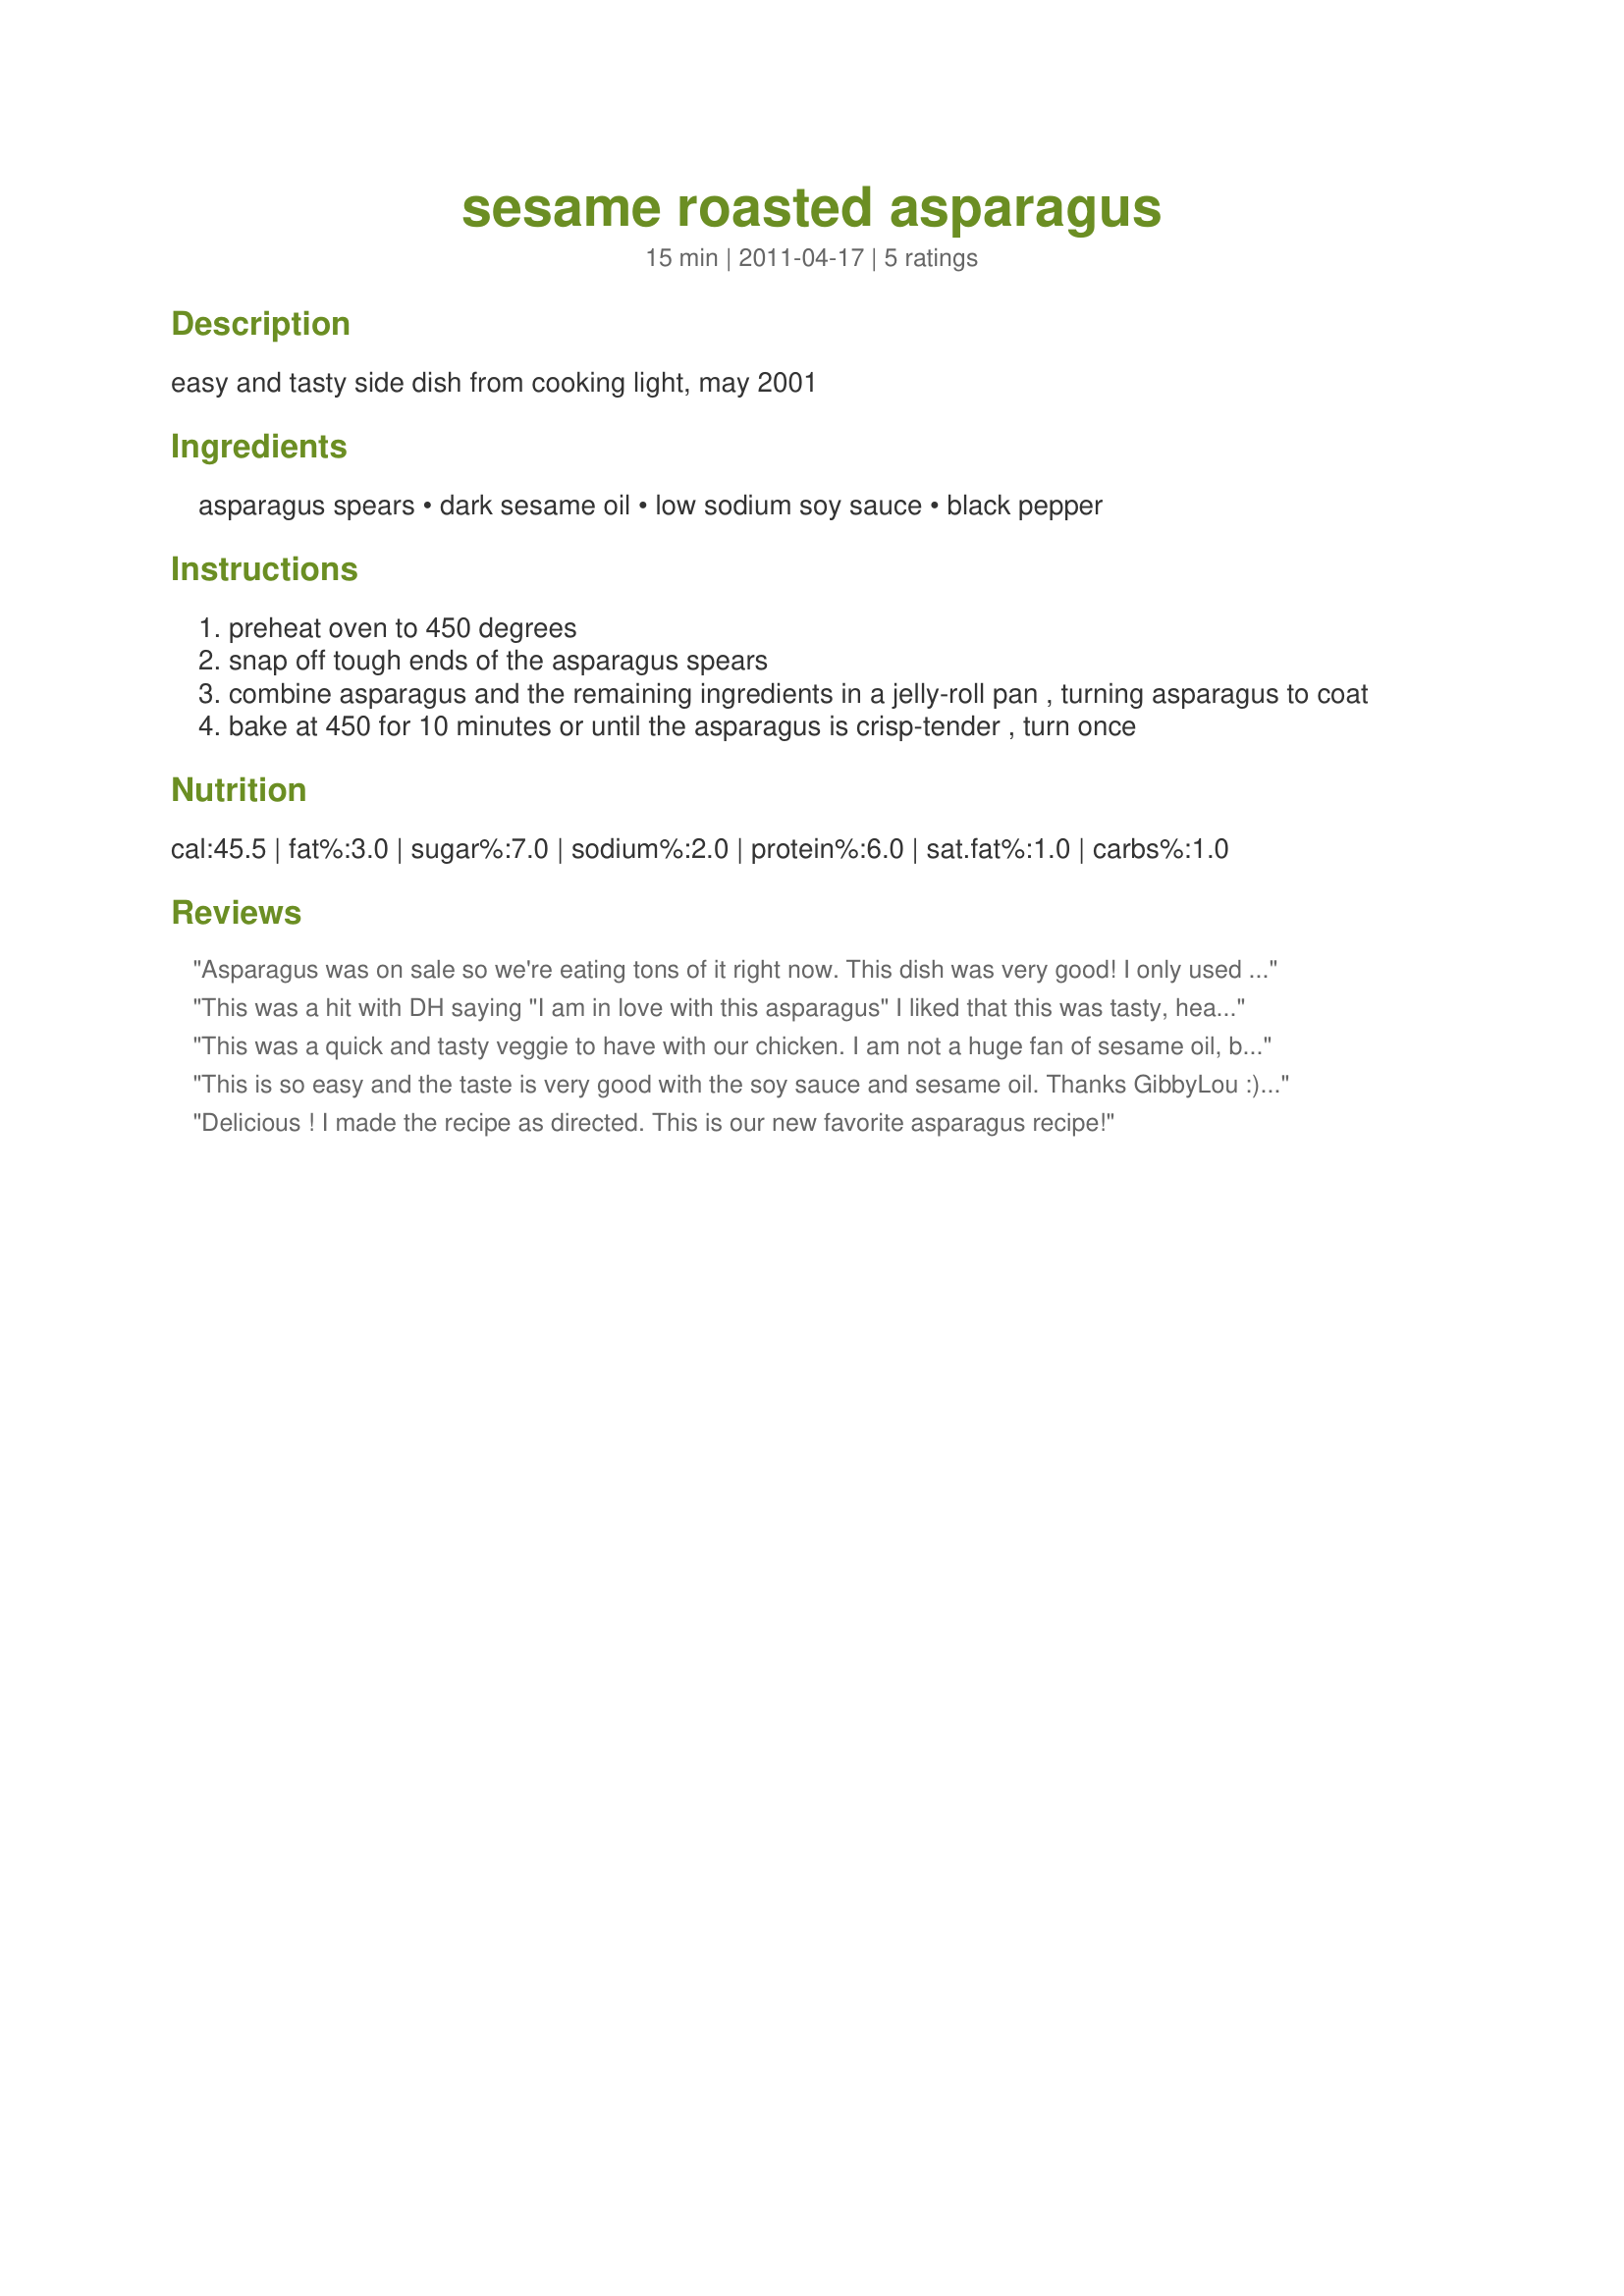
sesame roasted asparagus
Preparation time: 15 minutes

easy and tasty side dish from cooking light, may 2001

Ingredients:
asparagus spears, dark sesame oil, low sodium soy sauce, black pepper

Steps:
preheat oven to 450 degrees
snap off tough ends of the asparagus spears
combine asparagus and the remaining ingredients in a jelly-roll pan , turning asparagus to coat
bake at 450 for 10 minutes or until the asparagus is crisp-tender , turn once

Reviews:
Asparagus was on sale so we're eating tons of it right now. This dish was very good! I only used 12 spears for the 2 of us and should have made more! LOL. Made for Zaar's Newest Star Tag Game 2012.
This was a hit with DH saying "I am in love with this asparagus" I liked that this was tasty, healthy quick and very easy. I made as written and will be making again. Thanks so very much for the post.
This was a quick and tasty veggie to have with our chicken. I am not a huge fan of sesame oil, but there was such a little amount that it did not overpower the asparagus. I have some thick asparagus so cooked it for 15 minutes to get them tender and sprinkled a little sea salt on it when it came out of the oven. Made for 2012 Spring PAC.
This is so easy and the taste is very good with the soy sauce and sesame oil. Thanks GibbyLou :) Made for I Recommend tag game
Delicious ! I made the recipe as directed. This is our new favorite asparagus recipe!
